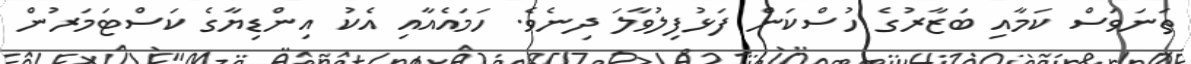
ތަނަވަސް ކަމާއި ބަޒާރުގެ ހުސްކަން ފަޅުފިލުވާލަ ދިނެވެ. ހަމައެއާއި އެކު އިންޑިޔާގެ ކަސްޓަމަރުން